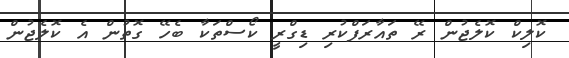
ކޮލިކް ކޮލެޖުން ރޭ ތައާރަފްކުރި ޑިގްރީ ކޯސްތަކާ ބެހޭ ގޮތުން އެ ކޮލެޖުން